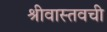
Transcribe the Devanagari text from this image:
श्रीवास्तवची